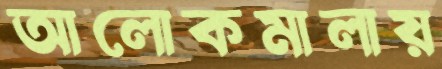
আলোকমালায়